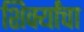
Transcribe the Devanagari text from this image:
शिर्क्यांचा